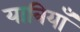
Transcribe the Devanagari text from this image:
यात्रियाँ